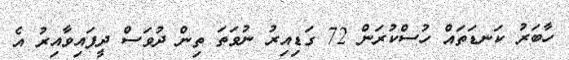
ހާބަރު ކަނޑަތައް ހުސްކުރަން 72 ގަޑިއިރު ނުވަތަ ތިން ދުވަސް ދީފައިވާއިރު އެ